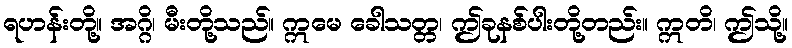
ရဟန်းတို့။ အဂ္ဂိ၊ မီးတို့သည်။ ဣမေ ခေါသတ္တ၊ ဤခုနစ်ပါးတို့တည်း။ ဣတိ၊ ဤသို့။